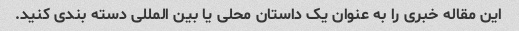
این مقاله خبری را به عنوان یک داستان محلی یا بین المللی دسته بندی کنید.